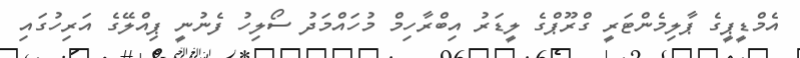
އެމްޑީޕީގެ ޕާލިމެންޓަރީ ގްރޫޕްގެ ލީޑަރު އިބްރާހިމް މުހައްމަދު ސޯލިހު ފެނުނީ ޕިއްލޭގެ އަރިހުގައި